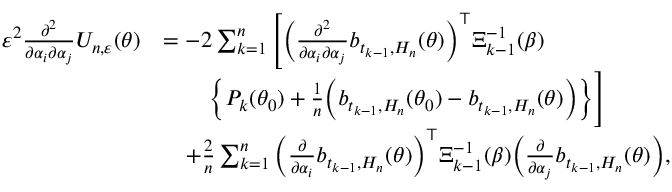
\begin{array} { r l } { \varepsilon ^ { 2 } \frac { \partial ^ { 2 } } { \partial \alpha _ { i } \partial \alpha _ { j } } U _ { n , \varepsilon } ( \theta ) } & { = - 2 \sum _ { k = 1 } ^ { n } \Bigg [ \bigg ( \frac { \partial ^ { 2 } } { \partial \alpha _ { i } \partial \alpha _ { j } } b _ { t _ { k - 1 } , H _ { n } } ( \theta ) \bigg ) ^ { \top } \Xi _ { k - 1 } ^ { - 1 } ( \beta ) } \\ & { \qquad \Big \{ P _ { k } ( \theta _ { 0 } ) + \frac { 1 } { n } \Big ( b _ { t _ { k - 1 } , H _ { n } } ( \theta _ { 0 } ) - b _ { t _ { k - 1 } , H _ { n } } ( \theta ) \Big ) \Big \} \Bigg ] } \\ & { \quad + \frac { 2 } { n } \sum _ { k = 1 } ^ { n } \bigg ( \frac { \partial } { \partial \alpha _ { i } } b _ { t _ { k - 1 } , H _ { n } } ( \theta ) \bigg ) ^ { \top } \Xi _ { k - 1 } ^ { - 1 } ( \beta ) \bigg ( \frac { \partial } { \partial \alpha _ { j } } b _ { t _ { k - 1 } , H _ { n } } ( \theta ) \bigg ) , } \end{array}